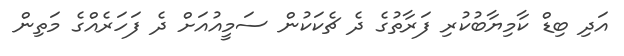
އަދި ބިޑް ކާމިޔާބުކުރި ފަރާތުގެ ދެ ޗެކަކުން ސަމީއުއަށް ދެ ފަހަރެއްގެ މަތިން